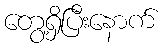
တွေ့ရှိပြီးနောက်